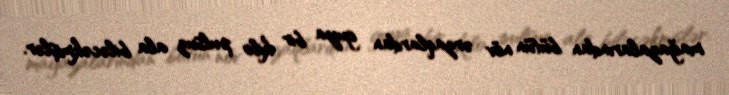
mağazalarından bütün növ ərzaqlardan guya bir kilo pulsuz ala biləcəkmişlər.